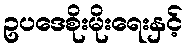
ဥပဒေစိုးမိုးရေးနှင့်